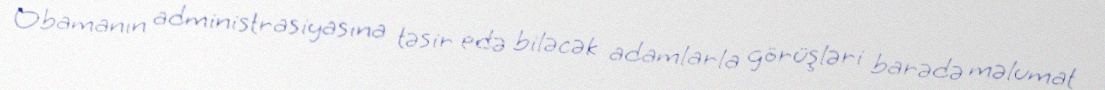
Obamanın administrasiyasına təsir edə biləcək adamlarla görüşləri barədə məlumat